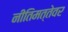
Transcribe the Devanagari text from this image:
नीतिमत्तेवर